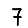
Digit: 7